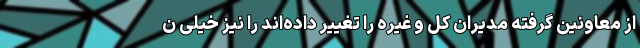
از معاونین گرفته مدیران کل و غیره را تغییر داده‌اند را نیز خیلی ن